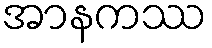
အာနကဿ